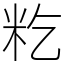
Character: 籺